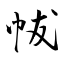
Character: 帗